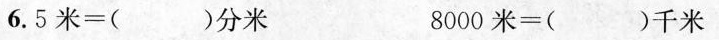
6.5米 = （ ）分米 8000米=（ ）千米